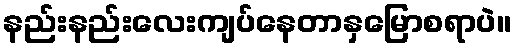
နည်းနည်းလေးကျပ်နေတာနှမြောစရာပဲ။